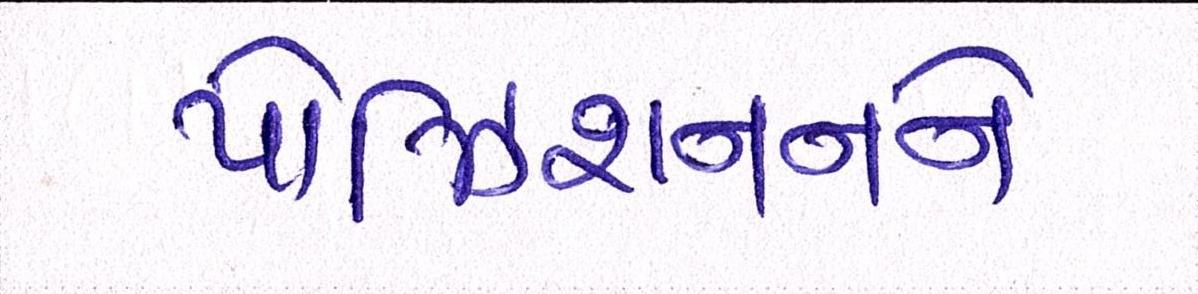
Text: પોઝિશનનને